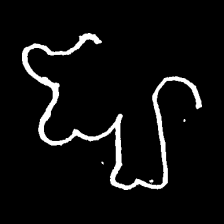
Pyu character \u2014 Myanmar letter: ဈ (romanized: jha)